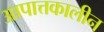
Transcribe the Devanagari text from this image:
आपात्तकालीन